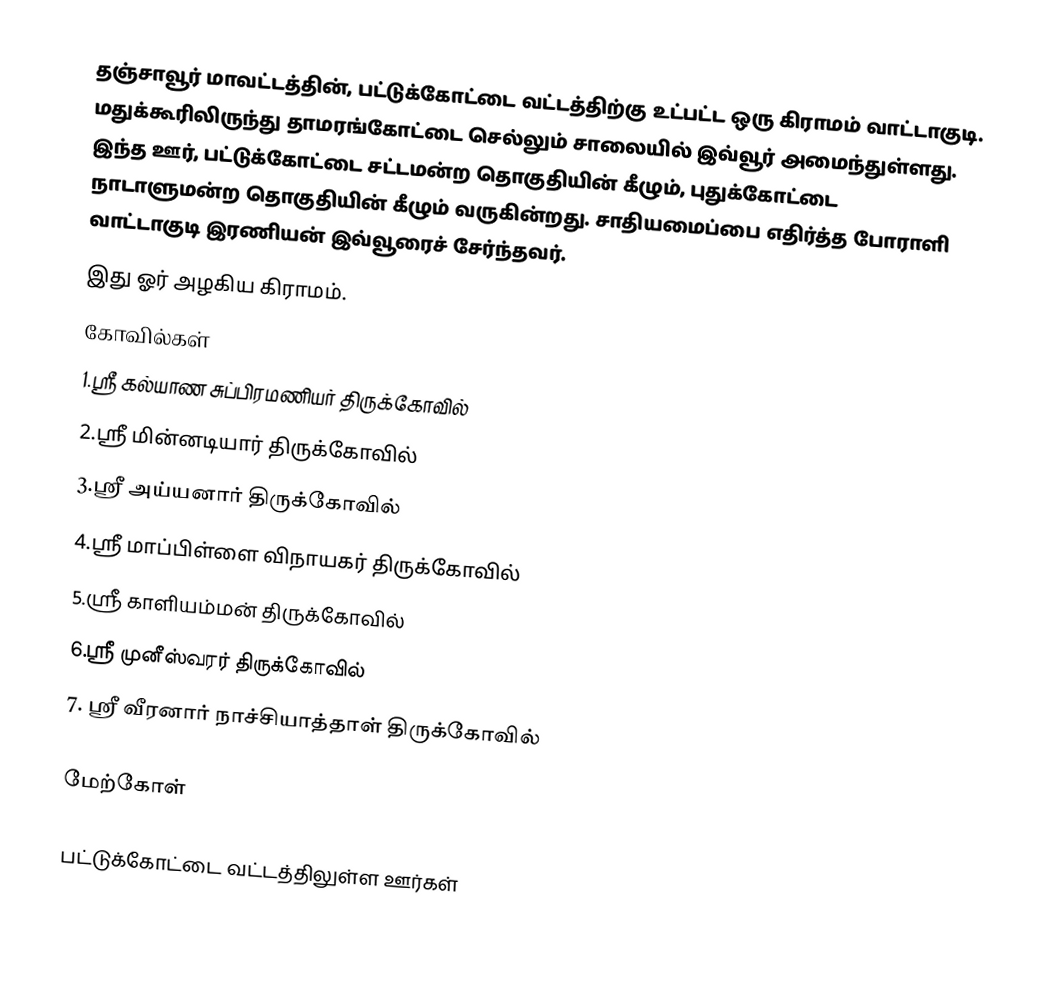
தஞ்சாவூர் மாவட்டத்தின், பட்டுக்கோட்டை வட்டத்திற்கு உட்பட்ட ஒரு கிராமம் வாட்டாகுடி. மதுக்கூரிலிருந்து தாமரங்கோட்டை செல்லும் சாலையில் இவ்வூர்  அமைந்துள்ளது. இந்த ஊர், பட்டுக்கோட்டை சட்டமன்ற தொகுதியின் கீழும், புதுக்கோட்டை நாடாளுமன்ற தொகுதியின் கீழும் வருகின்றது. சாதியமைப்பை எதிர்த்த போராளி வாட்டாகுடி இரணியன் இவ்வூரைச் சேர்ந்தவர்.
இது ஓர் அழகிய கிராமம்.
கோவில்கள்
1.ஸ்ரீ கல்யாண சுப்பிரமணியர் திருக்கோவில்
2.ஸ்ரீ மின்னடியார் திருக்கோவில்
3.ஸ்ரீ அய்யனார் திருக்கோவில்
4.ஸ்ரீ மாப்பிள்ளை விநாயகர் திருக்கோவில்
5.ஸ்ரீ காளியம்மன் திருக்கோவில்
6.ஸ்ரீ முனீஸ்வரர் திருக்கோவில்
7. ஸ்ரீ வீரனார் நாச்சியாத்தாள் திருக்கோவில்

மேற்கோள்

பட்டுக்கோட்டை வட்டத்திலுள்ள ஊர்கள்